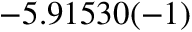
- 5 . 9 1 5 3 0 ( - 1 )